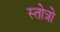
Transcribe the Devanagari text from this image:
स्तोत्रो